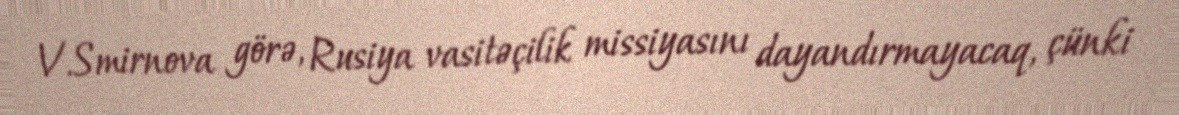
V.Smirnova görə, Rusiya vasitəçilik missiyasını dayandırmayacaq, çünki